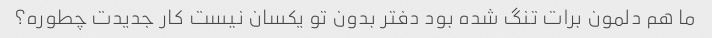
ما هم دلمون برات تنگ شده بود دفتر بدون تو یکسان نیست کار جدیدت چطوره؟